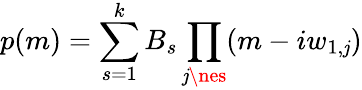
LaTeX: p(m)=\sum_{s=1}^{k}B_{s}\prod_{\mathit{j}\nes}(m-iw_{1,\mathit{j}})